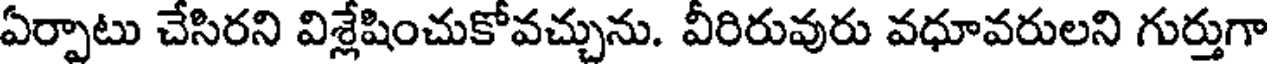
ఏర్పాటు చేసిరని విశ్లేషించుకోవచ్చును. వీరిరువురు వధూవరులని గుర్తుగా